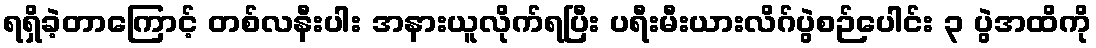
ရရှိခဲ့တာကြောင့် တစ်လနီးပါး အနားယူလိုက်ရပြီး ပရီးမီးယားလိဂ်ပွဲစဉ်ပေါင်း ၃ ပွဲအထိကို